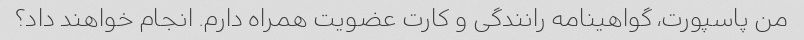
من پاسپورت، گواهینامه رانندگی و کارت عضویت همراه دارم. انجام خواهند داد؟